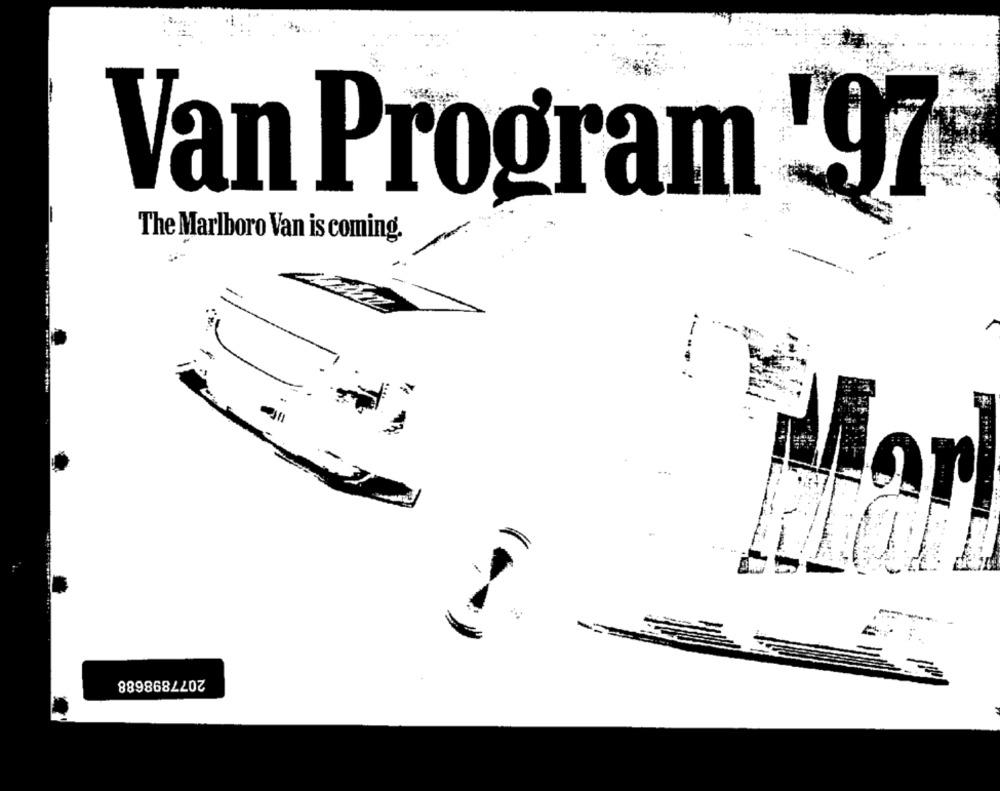
Van Program '97
The Marlboro Van is coming.
..
-
3
2077898688